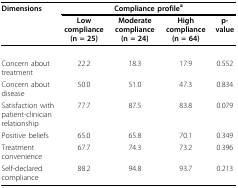
<table><thead><tr><td><b>Dimensions</b></td><td colspan="4"><b>Compliance profile<sup>a</sup></b></td></tr><tr><td></td><td><b>Low compliance (n = 25)</b></td><td><b>Moderate compliance (n = 24)</b></td><td><b>High compliance (n = 64)</b></td><td><b>p-value</b></td></tr></thead><tbody><tr><td>Concern about treatment</td><td>22.2</td><td>18.3</td><td>17.9</td><td>0.552</td></tr><tr><td>Concern about disease</td><td>50.0</td><td>51.0</td><td>47.3</td><td>0.834</td></tr><tr><td>Satisfaction with patient-clinician relationship</td><td>77.7</td><td>87.5</td><td>83.8</td><td>0.079</td></tr><tr><td>Positive beliefs</td><td>65.0</td><td>65.8</td><td>70.1</td><td>0.349</td></tr><tr><td>Treatment convenience</td><td>67.7</td><td>74.3</td><td>73.2</td><td>0.396</td></tr><tr><td>Self-declared compliance</td><td>88.2</td><td>94.8</td><td>93.7</td><td>0.213</td></tr></tbody></table>